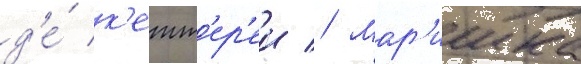
д'е́ к'етт'ер'еи // Мар'ишка